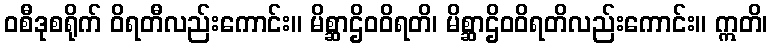
ဝစီဒုစရိုက် ဝိရတီလည်းကောင်း။ မိစ္ဆာဌိဝဝိရတိ၊ မိစ္ဆာဌိဝဝိရတိလည်းကောင်း။ ဣတိ၊